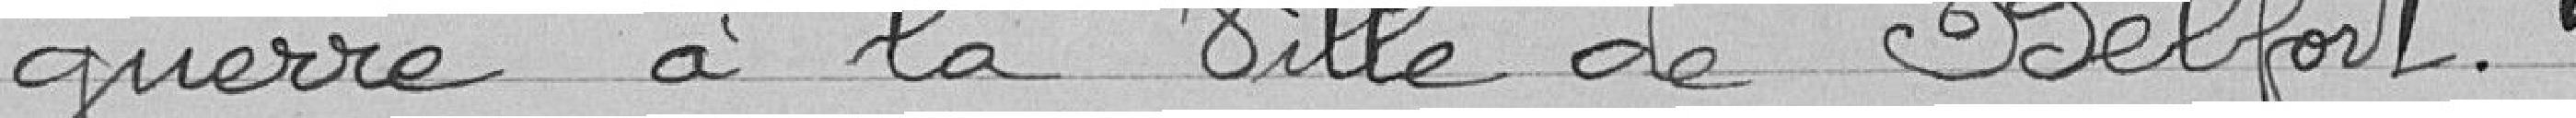
guerre à la Ville de Belfort.